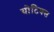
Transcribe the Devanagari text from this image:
योटिक्स